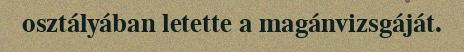
osztályában letette a magánvizsgáját.